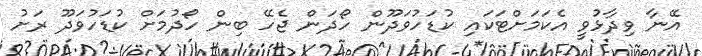
އޭނާ ވިދާޅުވީ އެކަމަށްޓަކައި ކުޑަހުވަދޫން ހޯދަން ޖެހޭ ބިން ހޯދުމަށް ކުޑަހުވަދޫ ރަށު